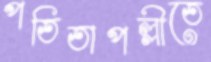
পতিতাপল্লীতে